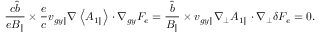
\frac { c \hat { b } } { e B _ { \parallel } } \times \frac { e } { c } { v } _ { g y \parallel } \nabla \left< A _ { 1 \parallel } \right> \boldsymbol { \cdot } \nabla _ { g y } F _ { e } = \frac { \hat { b } } { B _ { \parallel } } \times { v } _ { g y \parallel } \nabla _ { \perp } A _ { 1 \parallel } \boldsymbol { \cdot } \nabla _ { \perp } \delta F _ { e } = 0 .